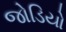
જોડિયો